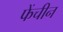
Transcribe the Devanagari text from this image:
फेंचीन